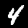
Label: 4